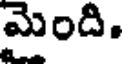
మెంది.